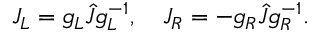
J _ { L } = g _ { L } \hat { J } g _ { L } ^ { - 1 } , \quad J _ { R } = - g _ { R } \hat { J } g _ { R } ^ { - 1 } .